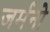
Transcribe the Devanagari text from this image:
जर्मनो